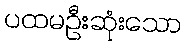
ပထမဦးဆုံးသော